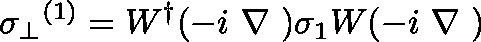
{ \sigma _ { \perp } } ^ { ( 1 ) } = W ^ { \dag } ( - i \mathrm { \boldmath ~ \nabla ~ } ) \sigma _ { 1 } W ( - i \mathrm { \boldmath ~ \nabla ~ } ) \nonumber